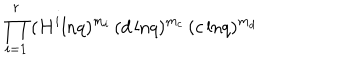
\prod _ { i = 1 } ^ { r } \, ( H ^ { i } \mathrm { l n } q ) ^ { m _ { i } } \, ( d \, \mathrm { l n } q ) ^ { m _ { c } } \, ( c \, \mathrm { l n } q ) ^ { m _ { d } }